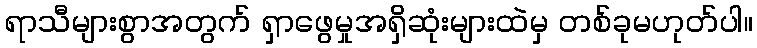
ရာသီများစွာအတွက် ရှာဖွေမှုအရှိဆုံးများထဲမှ တစ်ခုမဟုတ်ပါ။